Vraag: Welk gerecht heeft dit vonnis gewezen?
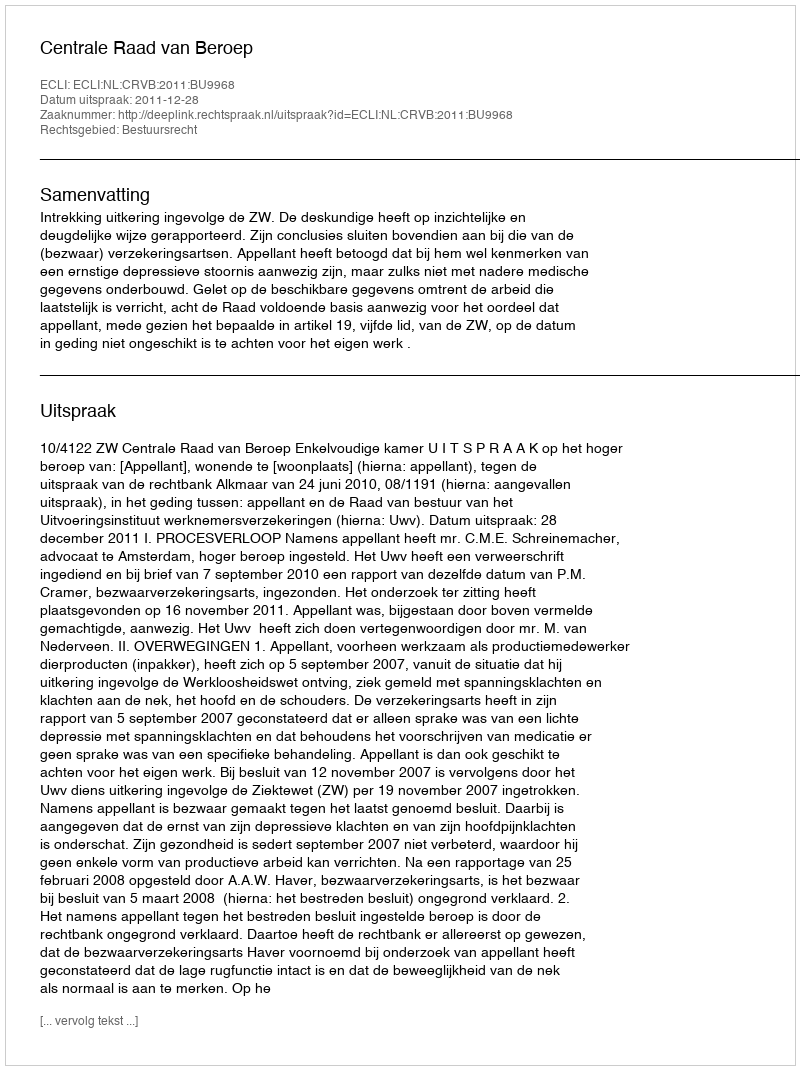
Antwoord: Centrale Raad van Beroep